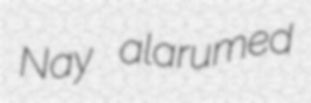
Nay alarumed